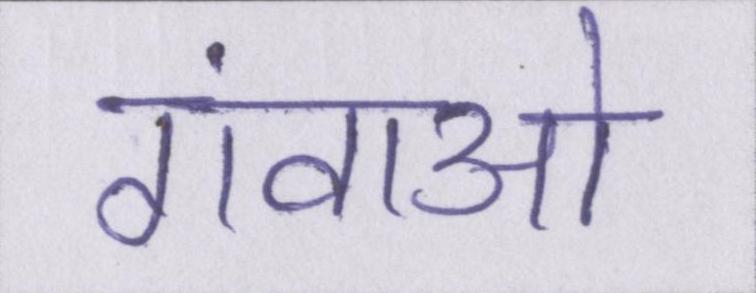
गंवाओ